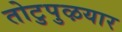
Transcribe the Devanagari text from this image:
तोटुपुऴयार